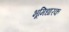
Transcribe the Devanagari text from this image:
भूमिधारक